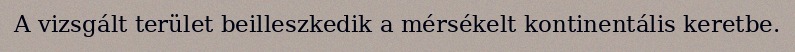
A vizsgált terület beilleszkedik a mérsékelt kontinentális keretbe.